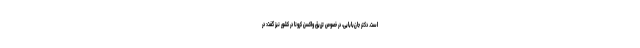
است. دکتر جان‌بابایی، در خصوص تزریق واکسن کرونا در کشور نیز گفت: در